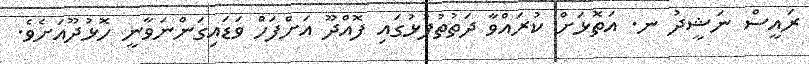
ރައީސް ނަޝީދު ނ. އަތޮޅަށް ކުރައްވާ ދަތުތުފުޅުގައި ފޮއްދޫ އަށްފަހުް ވަޑައިގަންނަވާނީ ހޮޅުދޫއަށެވެ.